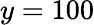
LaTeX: y=100